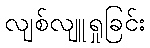
လျစ်လျူရှုခြင်း